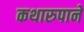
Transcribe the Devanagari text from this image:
कथारुपाने